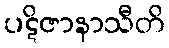
ပဋိဇာနာသီတိ